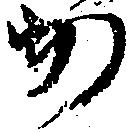
か